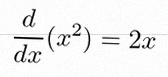
\frac{d}{dx}(x^2)=2x